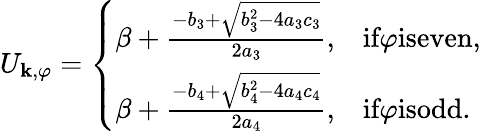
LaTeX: \begin{array}{r}{U_{\textbf{k},\varphi}=\left\{ \begin{array}{ll}{\beta+\frac{-b_{3}+\sqrt{b_{3}^{2}-4a_{3}c_{3}}}{2a_{3}},}&{\textup{if}\varphi\textup{iseven,}}\\ {\beta+\frac{-b_{4}+\sqrt{b_{4}^{2}-4a_{4}c_{4}}}{2a_{4}},}&{\textup{if}\varphi\textup{isodd.}}\end{array}\right.}\end{array}